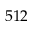
5 1 2